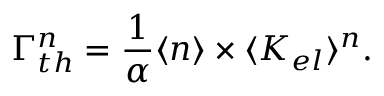
\Gamma _ { t h } ^ { n } = \frac { 1 } { \alpha } \langle n \rangle \times \langle K _ { e l } \rangle ^ { n } .